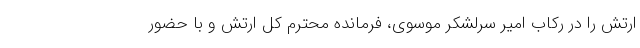
ارتش را در رکاب امیر سرلشکر موسوی، فرمانده‌ محترم کل ارتش و با حضور